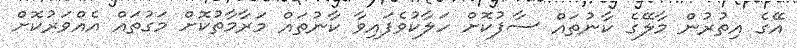
އޭގެ އިތުރުން މާލޭގެ ކާނުތައް ސާފުކޮށް ހަލާކުވެފައިވާ ކާނުތައް މަރާމާތުކޮށް މަގުތައް އެއްވަރުކޮށް